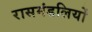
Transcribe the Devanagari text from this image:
रासमंडलियों